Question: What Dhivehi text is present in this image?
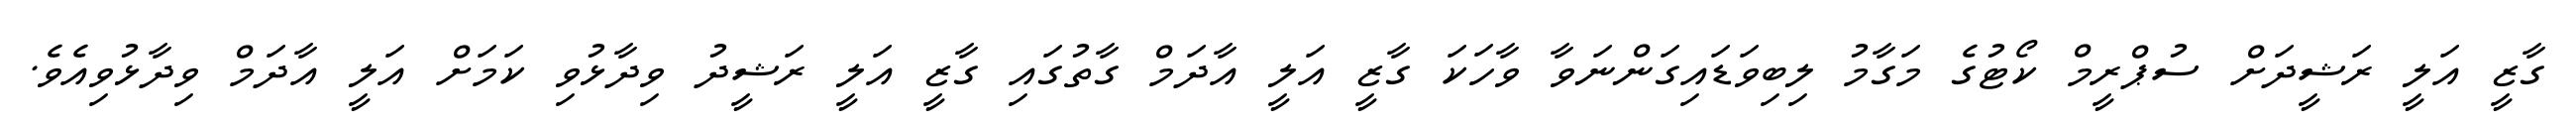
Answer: ގާޒީ އަލީ ރަޝީދަށް ސުޕްރީމް ކޯޓުގެ މަގާމު ލިބިވަޑައިގަންނަވާ ވާހަކަ ގާޒީ އަލީ އާދަމް ގާތުގައި ގާޒީ އަލީ ރަޝީދު ވިދާޅުވި ކަމަށް އަލީ އާދަމް ވިދާޅުވިއެވެ.